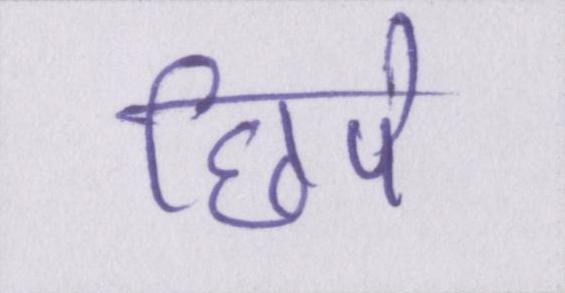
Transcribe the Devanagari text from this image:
छिपे